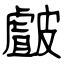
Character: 皻